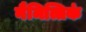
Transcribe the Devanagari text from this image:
नैमित्तिकं